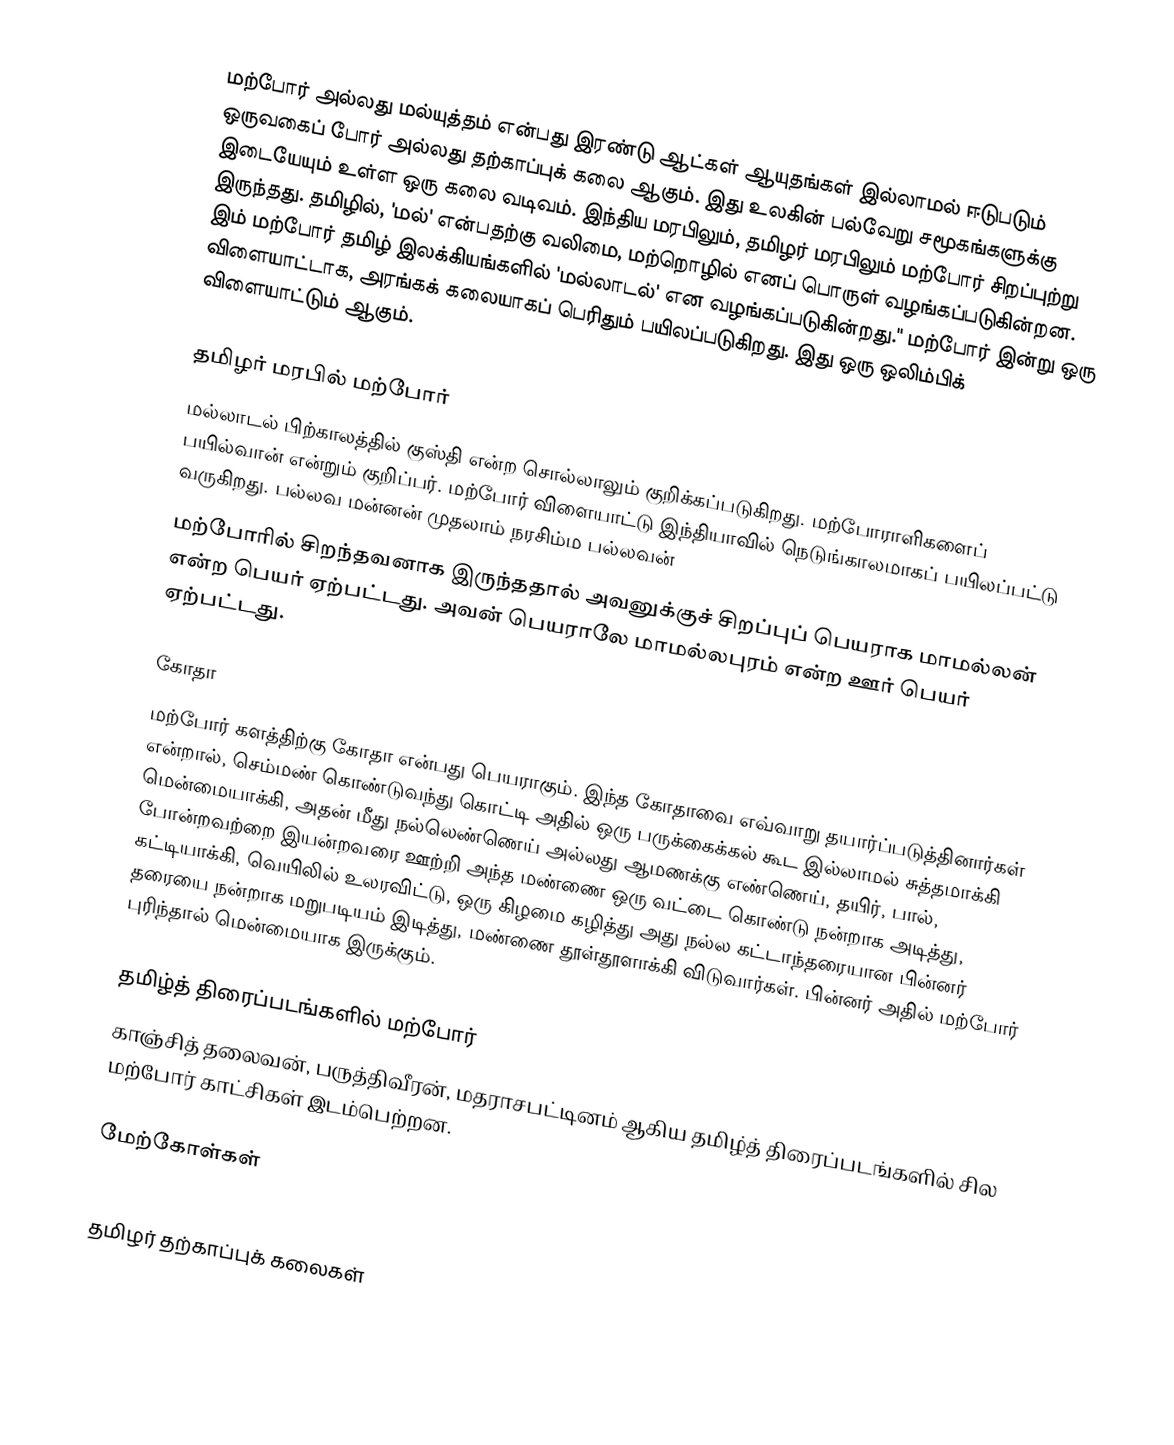
மற்போர் அல்லது மல்யுத்தம் என்பது இரண்டு ஆட்கள் ஆயுதங்கள் இல்லாமல் ஈடுபடும் ஒருவகைப் போர் அல்லது தற்காப்புக் கலை ஆகும். இது உலகின் பல்வேறு சமூகங்களுக்கு இடையேயும் உள்ள ஒரு கலை வடிவம். இந்திய மரபிலும், தமிழர் மரபிலும் மற்போர் சிறப்புற்று இருந்தது. தமிழில், 'மல்' என்பதற்கு வலிமை, மற்றொழில் எனப் பொருள் வழங்கப்படுகின்றன. இம் மற்போர் தமிழ் இலக்கியங்களில் 'மல்லாடல்' என வழங்கப்படுகின்றது." மற்போர் இன்று ஒரு விளையாட்டாக, அரங்கக் கலையாகப் பெரிதும் பயிலப்படுகிறது. இது ஒரு ஒலிம்பிக் விளையாட்டும் ஆகும்.

தமிழர் மரபில் மற்போர்
மல்லாடல் பிற்காலத்தில் குஸ்தி என்ற சொல்லாலும் குறிக்கப்படுகிறது. மற்போராளிகளைப் பயில்வான் என்றும் குறிப்பர். மற்போர் விளையாட்டு இந்தியாவில் நெடுங்காலமாகப் பயிலப்பட்டு வருகிறது. பல்லவ மன்னன் முதலாம் நரசிம்ம பல்லவன்
மற்போரில் சிறந்தவனாக இருந்ததால் அவனுக்குச் சிறப்புப் பெயராக மாமல்லன் என்ற பெயர் ஏற்பட்டது. அவன் பெயராலே மாமல்லபுரம் என்ற ஊர் பெயர் ஏற்பட்டது.

கோதா
மற்போர் களத்திற்கு கோதா என்பது பெயராகும். இந்த கோதாவை எவ்வாறு தயார்ப்படுத்தினார்கள் என்றால், செம்மண் கொண்டுவந்து கொட்டி அதில் ஒரு பருக்கைக்கல் கூட இல்லாமல் சுத்தமாக்கி மென்மையாக்கி, அதன் மீது நல்லெண்ணெய் அல்லது ஆமணக்கு எண்ணெய், தயிர், பால், போன்றவற்றை இயன்றவரை ஊற்றி அந்த மண்ணை ஒரு வட்டை கொண்டு நன்றாக அடித்து, கட்டியாக்கி, வெயிலில் உலரவிட்டு, ஒரு கிழமை கழித்து அது நல்ல கட்டாந்தரையான பின்னர் தரையை நன்றாக மறுபடியம் இடித்து, மண்ணை தூள்தூளாக்கி விடுவார்கள். பின்னர் அதில் மற்போர் புரிந்தால் மென்மையாக இருக்கும்.

தமிழ்த் திரைப்படங்களில் மற்போர்
காஞ்சித் தலைவன், பருத்திவீரன், மதராசபட்டினம் ஆகிய தமிழ்த் திரைப்படங்களில் சில மற்போர் காட்சிகள் இடம்பெற்றன.

மேற்கோள்கள்

தமிழர் தற்காப்புக் கலைகள்